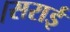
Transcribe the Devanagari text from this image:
।सराई